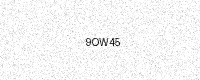
Text: 9OW45